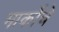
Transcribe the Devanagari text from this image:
मार्कोचे